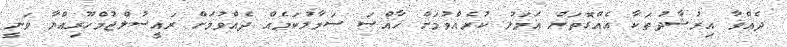
ދެއްވާ އިރުޝާދުތަކާ އެއްގޮތަށް ޢަމަލު ކުރެއްވުމަށް ޚާއްޞަ ސަމާލުކަމެއް ދެއްވުމަށް ރައީސުލްޖުމްހޫރިއްޔާ ވަނީ